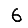
Digit: 6